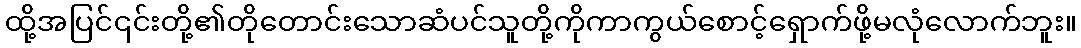
ထို့အပြင်၎င်းတို့၏တိုတောင်းသောဆံပင်သူတို့ကိုကာကွယ်စောင့်ရှောက်ဖို့မလုံလောက်ဘူး။